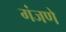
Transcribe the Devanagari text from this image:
गंजणे